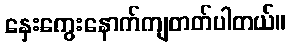
နှေးကွေးနောက်ကျတတ်ပါတယ်။